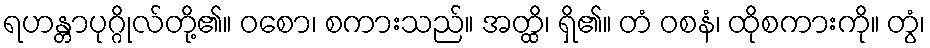
ရဟန္တာပုဂ္ဂိုလ်တို့၏။ ဝစော၊ စကားသည်။ အတ္ထိ၊ ရှိ၏။ တံ ဝစနံ၊ ထိုစကားကို။ တွံ၊